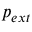
p _ { e x t }